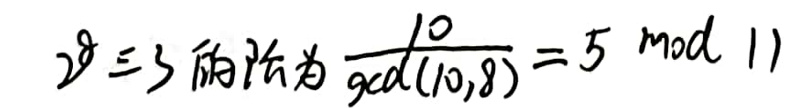
$\[2^{8}\equiv 3\ $的阶为$ \frac{10}{\gcd(10,8)} = 5\bmod 11\]$